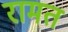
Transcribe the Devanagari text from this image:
रामत